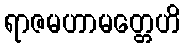
ရာဇမဟာမတ္တေဟိ